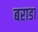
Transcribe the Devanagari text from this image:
बराडा